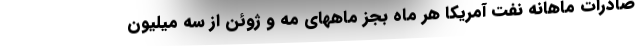
صادرات ماهانه نفت آمریکا هر ماه بجز ماههای مه و ژوئن از سه میلیون